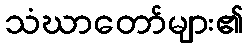
သံဃာတော်များ၏